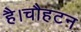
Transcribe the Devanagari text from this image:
है।चौहटन